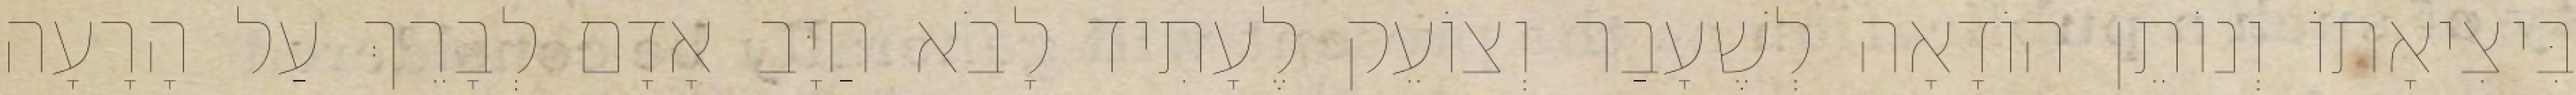
בִּיצִיאָתוֹ וְנוֹתֵן הוֹדָאָה לְשֶׁעָבַר וְצוֹעֵק לֶעָתִיד לָבֹא חַיָּב אָדָם לְבָרֵךְ עַל הָרָעָה